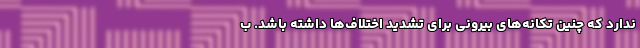
ندارد که چنین تکانه‌های بیرونی برای تشدید اختلاف‌ها داشته باشد. ب